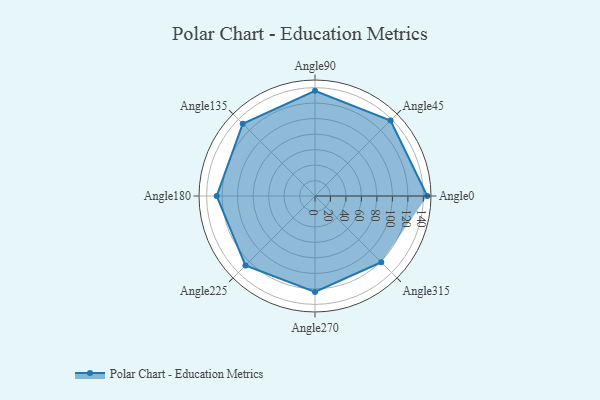
{"axis": {"x": "Angle", "y": "Radius"}, "legend": [""], "data": [{"x": "Angle0", "y": 145.0, "type": ""}, {"x": "Angle45", "y": 138.0, "type": ""}, {"x": "Angle90", "y": 136.0, "type": ""}, {"x": "Angle135", "y": 132.0, "type": ""}, {"x": "Angle180", "y": 127.0, "type": ""}, {"x": "Angle225", "y": 127.0, "type": ""}, {"x": "Angle270", "y": 124.0, "type": ""}, {"x": "Angle315", "y": 121.0, "type": ""}]}